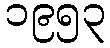
၁၉၅၃